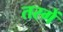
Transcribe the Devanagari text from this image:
तरगें